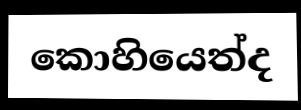
කොහියෙත්ද